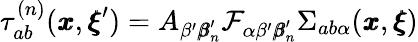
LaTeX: \tau_{ab}^{(n)}({\pmb x},{\pmb\xi}^{\prime})=A_{\beta^{\prime}{\pmb\beta}_{n}^{\prime}}{\mathcal{F}_{\alpha\beta^{\prime}{\pmb\beta}_{n}^{\prime}}\Sigma_{ab\alpha}({\pmb x},{\pmb\xi})}